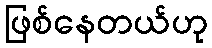
ဖြစ်နေတယ်ဟု